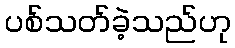
ပစ်သတ်ခဲ့သည်ဟု